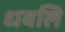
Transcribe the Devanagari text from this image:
धवलि